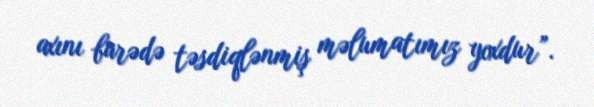
axını barədə təsdiqlənmiş məlumatımız yoxdur”.